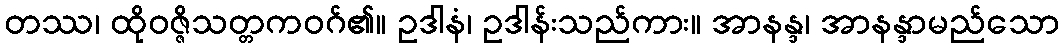
တဿ၊ ထိုဝဇ္ဇိသတ္တကဝဂ်၏။ ဥဒါနံ၊ ဥဒါန်းသည်ကား။ အာနန္ဒ၊ အာနန္ဒာမည်သော